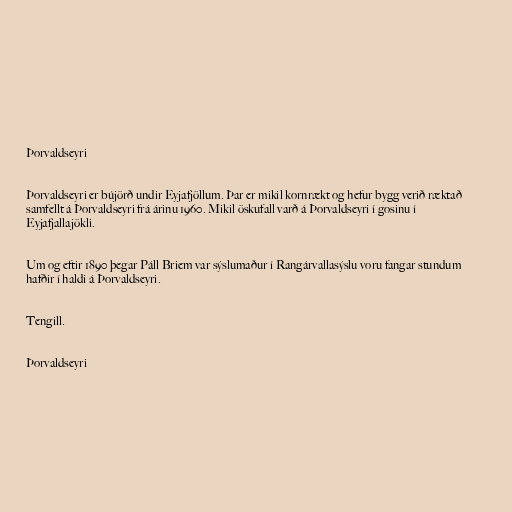
Þorvaldseyri

Þorvaldseyri er bújörð undir Eyjafjöllum. Þar er mikil kornrækt og hefur bygg verið ræktað
samfellt á Þorvaldseyri frá árinu 1960. Mikil öskufall varð á Þorvaldseyri í gosinu í
Eyjafjallajökli.

Um og eftir 1890 þegar Páll Briem var sýslumaður í Rangárvallasýslu voru fangar stundum
hafðir í haldi á Þorvaldseyri.

Tengill.

Þorvaldseyri